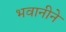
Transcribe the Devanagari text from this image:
भवानीने